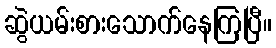
ဆွဲယမ်းစားသောက်နေကြပြီ။